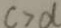
c > d